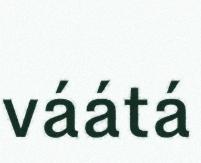
váátá